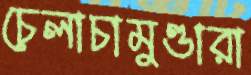
চেলাচামুণ্ডারা